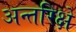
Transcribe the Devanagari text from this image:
अन्तरिक्षे